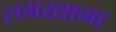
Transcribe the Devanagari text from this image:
लमखागा